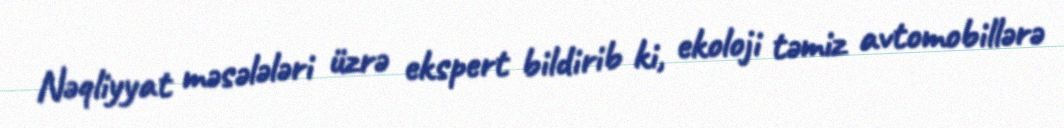
Nəqliyyat məsələləri üzrə ekspert bildirib ki, ekoloji təmiz avtomobillərə